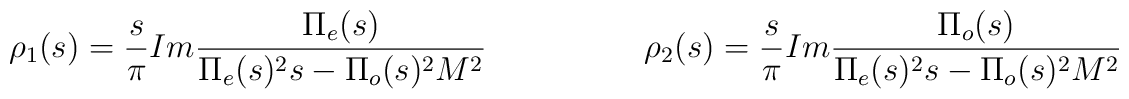
\rho_1(s)=\frac{s}{\pi} Im \frac{\Pi_e(s)}{\Pi_e(s)^2 s-\Pi_o(s)^2 M^2} \hspace{2cm} \rho_2(s)=\frac{s}{\pi} Im \frac{\Pi_o(s)}{\Pi_e(s)^2 s-\Pi_o(s)^2 M^2}